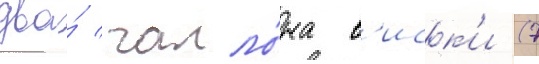
два́ галло́на в'иск'и (7